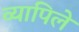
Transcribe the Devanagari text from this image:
व्यापिले